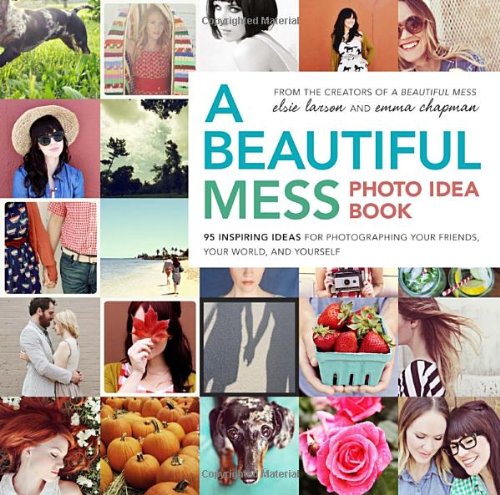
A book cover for A Beautiful Mess Photo Idea Book: 95 Inspiring Ideas for Photographing Your Friends, Your World, and Yourself; Elsie Larson; Crafts, Hobbies & Home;